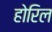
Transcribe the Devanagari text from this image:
होरिल